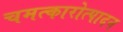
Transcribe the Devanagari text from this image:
चमत्कारोत्पादन